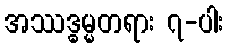
အဿဒ္ဓမ္မတရား ၇-ပါး